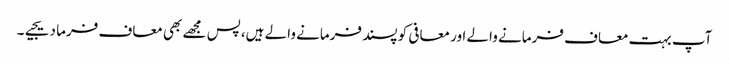
آپ بہت معاف فرمانے والے اور معافی کو پسند فرمانے والے ہیں،پس مجھے بھی معاف فرما دیجیے۔